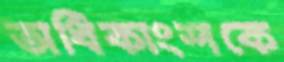
অধিকাংশকে